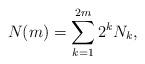
LaTeX: \begin{align*}N(m)=\sum_{k=1}^{2m} 2^k N_k,\end{align*}